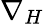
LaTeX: \nabla_{H}